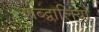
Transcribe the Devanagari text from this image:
शब्द्वालियों